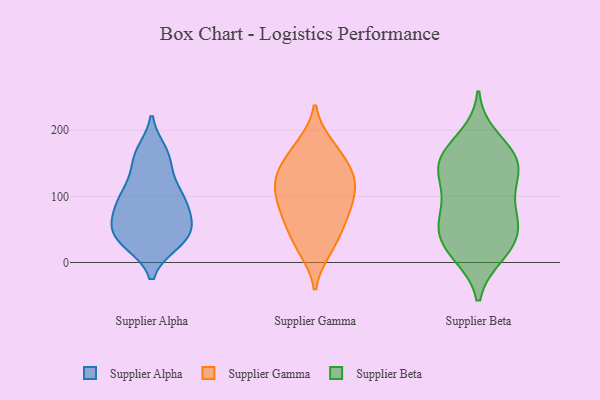
{"axis": {"x": "Production Output", "y": "Value"}, "legend": ["Supplier Alpha", "Supplier Beta", "Supplier Gamma"], "data": [{"x": "", "y": 47, "type": "Supplier Alpha"}, {"x": "", "y": 68, "type": "Supplier Alpha"}, {"x": "", "y": 164, "type": "Supplier Alpha"}, {"x": "", "y": 29, "type": "Supplier Alpha"}, {"x": "", "y": 107, "type": "Supplier Alpha"}, {"x": "", "y": 31, "type": "Supplier Alpha"}, {"x": "", "y": 68, "type": "Supplier Alpha"}, {"x": "", "y": 100, "type": "Supplier Alpha"}, {"x": "", "y": 98, "type": "Supplier Alpha"}, {"x": "", "y": 114, "type": "Supplier Alpha"}, {"x": "", "y": 84, "type": "Supplier Alpha"}, {"x": "", "y": 59, "type": "Supplier Alpha"}, {"x": "", "y": 146, "type": "Supplier Alpha"}, {"x": "", "y": 34, "type": "Supplier Alpha"}, {"x": "", "y": 95, "type": "Supplier Alpha"}, {"x": "", "y": 159, "type": "Supplier Alpha"}, {"x": "", "y": 167, "type": "Supplier Alpha"}, {"x": "", "y": 29, "type": "Supplier Alpha"}, {"x": "", "y": 44, "type": "Supplier Alpha"}, {"x": "", "y": 54, "type": "Supplier Alpha"}, {"x": "", "y": 100, "type": "Supplier Gamma"}, {"x": "", "y": 143, "type": "Supplier Gamma"}, {"x": "", "y": 179, "type": "Supplier Gamma"}, {"x": "", "y": 131, "type": "Supplier Gamma"}, {"x": "", "y": 50, "type": "Supplier Gamma"}, {"x": "", "y": 110, "type": "Supplier Gamma"}, {"x": "", "y": 177, "type": "Supplier Gamma"}, {"x": "", "y": 77, "type": "Supplier Gamma"}, {"x": "", "y": 63, "type": "Supplier Gamma"}, {"x": "", "y": 133, "type": "Supplier Gamma"}, {"x": "", "y": 18, "type": "Supplier Gamma"}, {"x": "", "y": 122, "type": "Supplier Gamma"}, {"x": "", "y": 164, "type": "Supplier Gamma"}, {"x": "", "y": 108, "type": "Supplier Gamma"}, {"x": "", "y": 18, "type": "Supplier Gamma"}, {"x": "", "y": 78, "type": "Supplier Gamma"}, {"x": "", "y": 41, "type": "Supplier Gamma"}, {"x": "", "y": 138, "type": "Supplier Gamma"}, {"x": "", "y": 85, "type": "Supplier Gamma"}, {"x": "", "y": 74, "type": "Supplier Beta"}, {"x": "", "y": 170, "type": "Supplier Beta"}, {"x": "", "y": 45, "type": "Supplier Beta"}, {"x": "", "y": 124, "type": "Supplier Beta"}, {"x": "", "y": 45, "type": "Supplier Beta"}, {"x": "", "y": 96, "type": "Supplier Beta"}, {"x": "", "y": 159, "type": "Supplier Beta"}, {"x": "", "y": 143, "type": "Supplier Beta"}, {"x": "", "y": 89, "type": "Supplier Beta"}, {"x": "", "y": 153, "type": "Supplier Beta"}, {"x": "", "y": 50, "type": "Supplier Beta"}, {"x": "", "y": 17, "type": "Supplier Beta"}, {"x": "", "y": 137, "type": "Supplier Beta"}, {"x": "", "y": 12, "type": "Supplier Beta"}, {"x": "", "y": 189, "type": "Supplier Beta"}, {"x": "", "y": 148, "type": "Supplier Beta"}, {"x": "", "y": 57, "type": "Supplier Beta"}, {"x": "", "y": 16, "type": "Supplier Beta"}]}